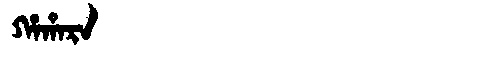
Manchu: ᡥᠠᡥᠠᡵᠠ
Romanization: HAHARA